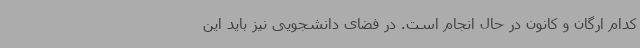
کدام ارگان و کانون در حال انجام است. در فضای دانشجویی نیز باید این